Bréfritari: Margrét Daníelsdóttir
Viðtakandi: Daníel Halldórsson
Dagsetning: A-1880-11-05
Skrifað á: Höfn  N-Múl. ?
Margrét var dóttir Daníels

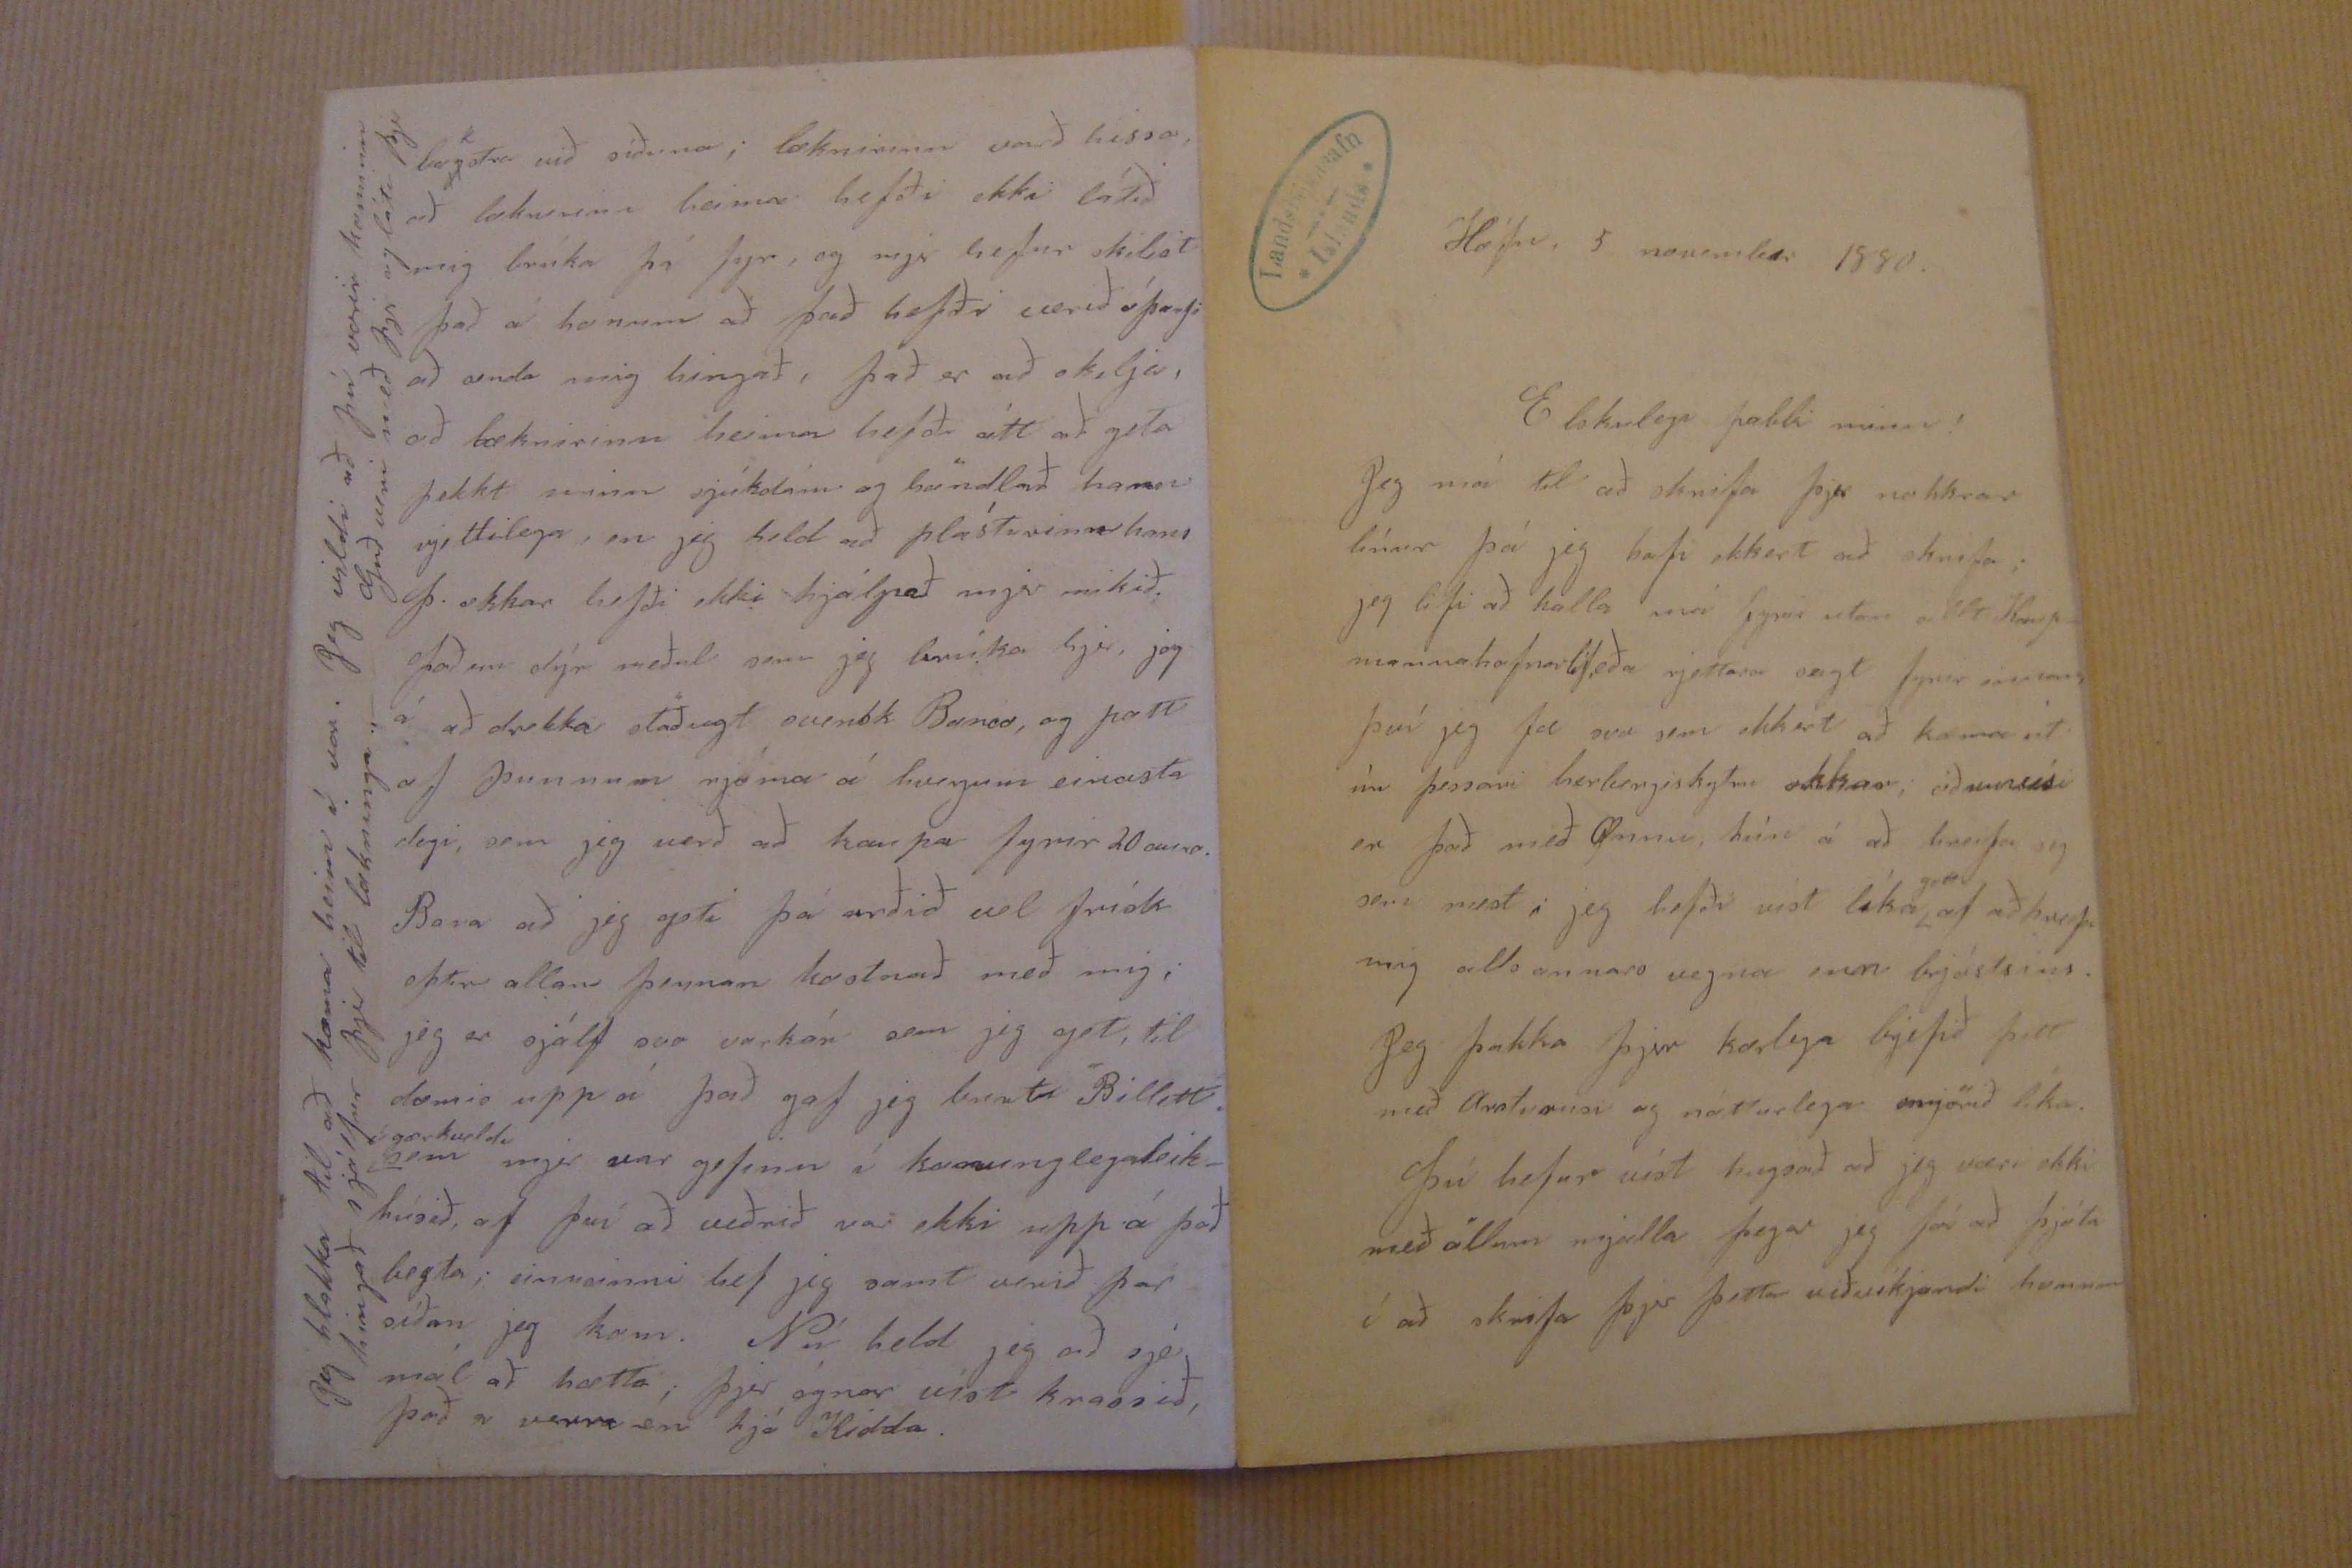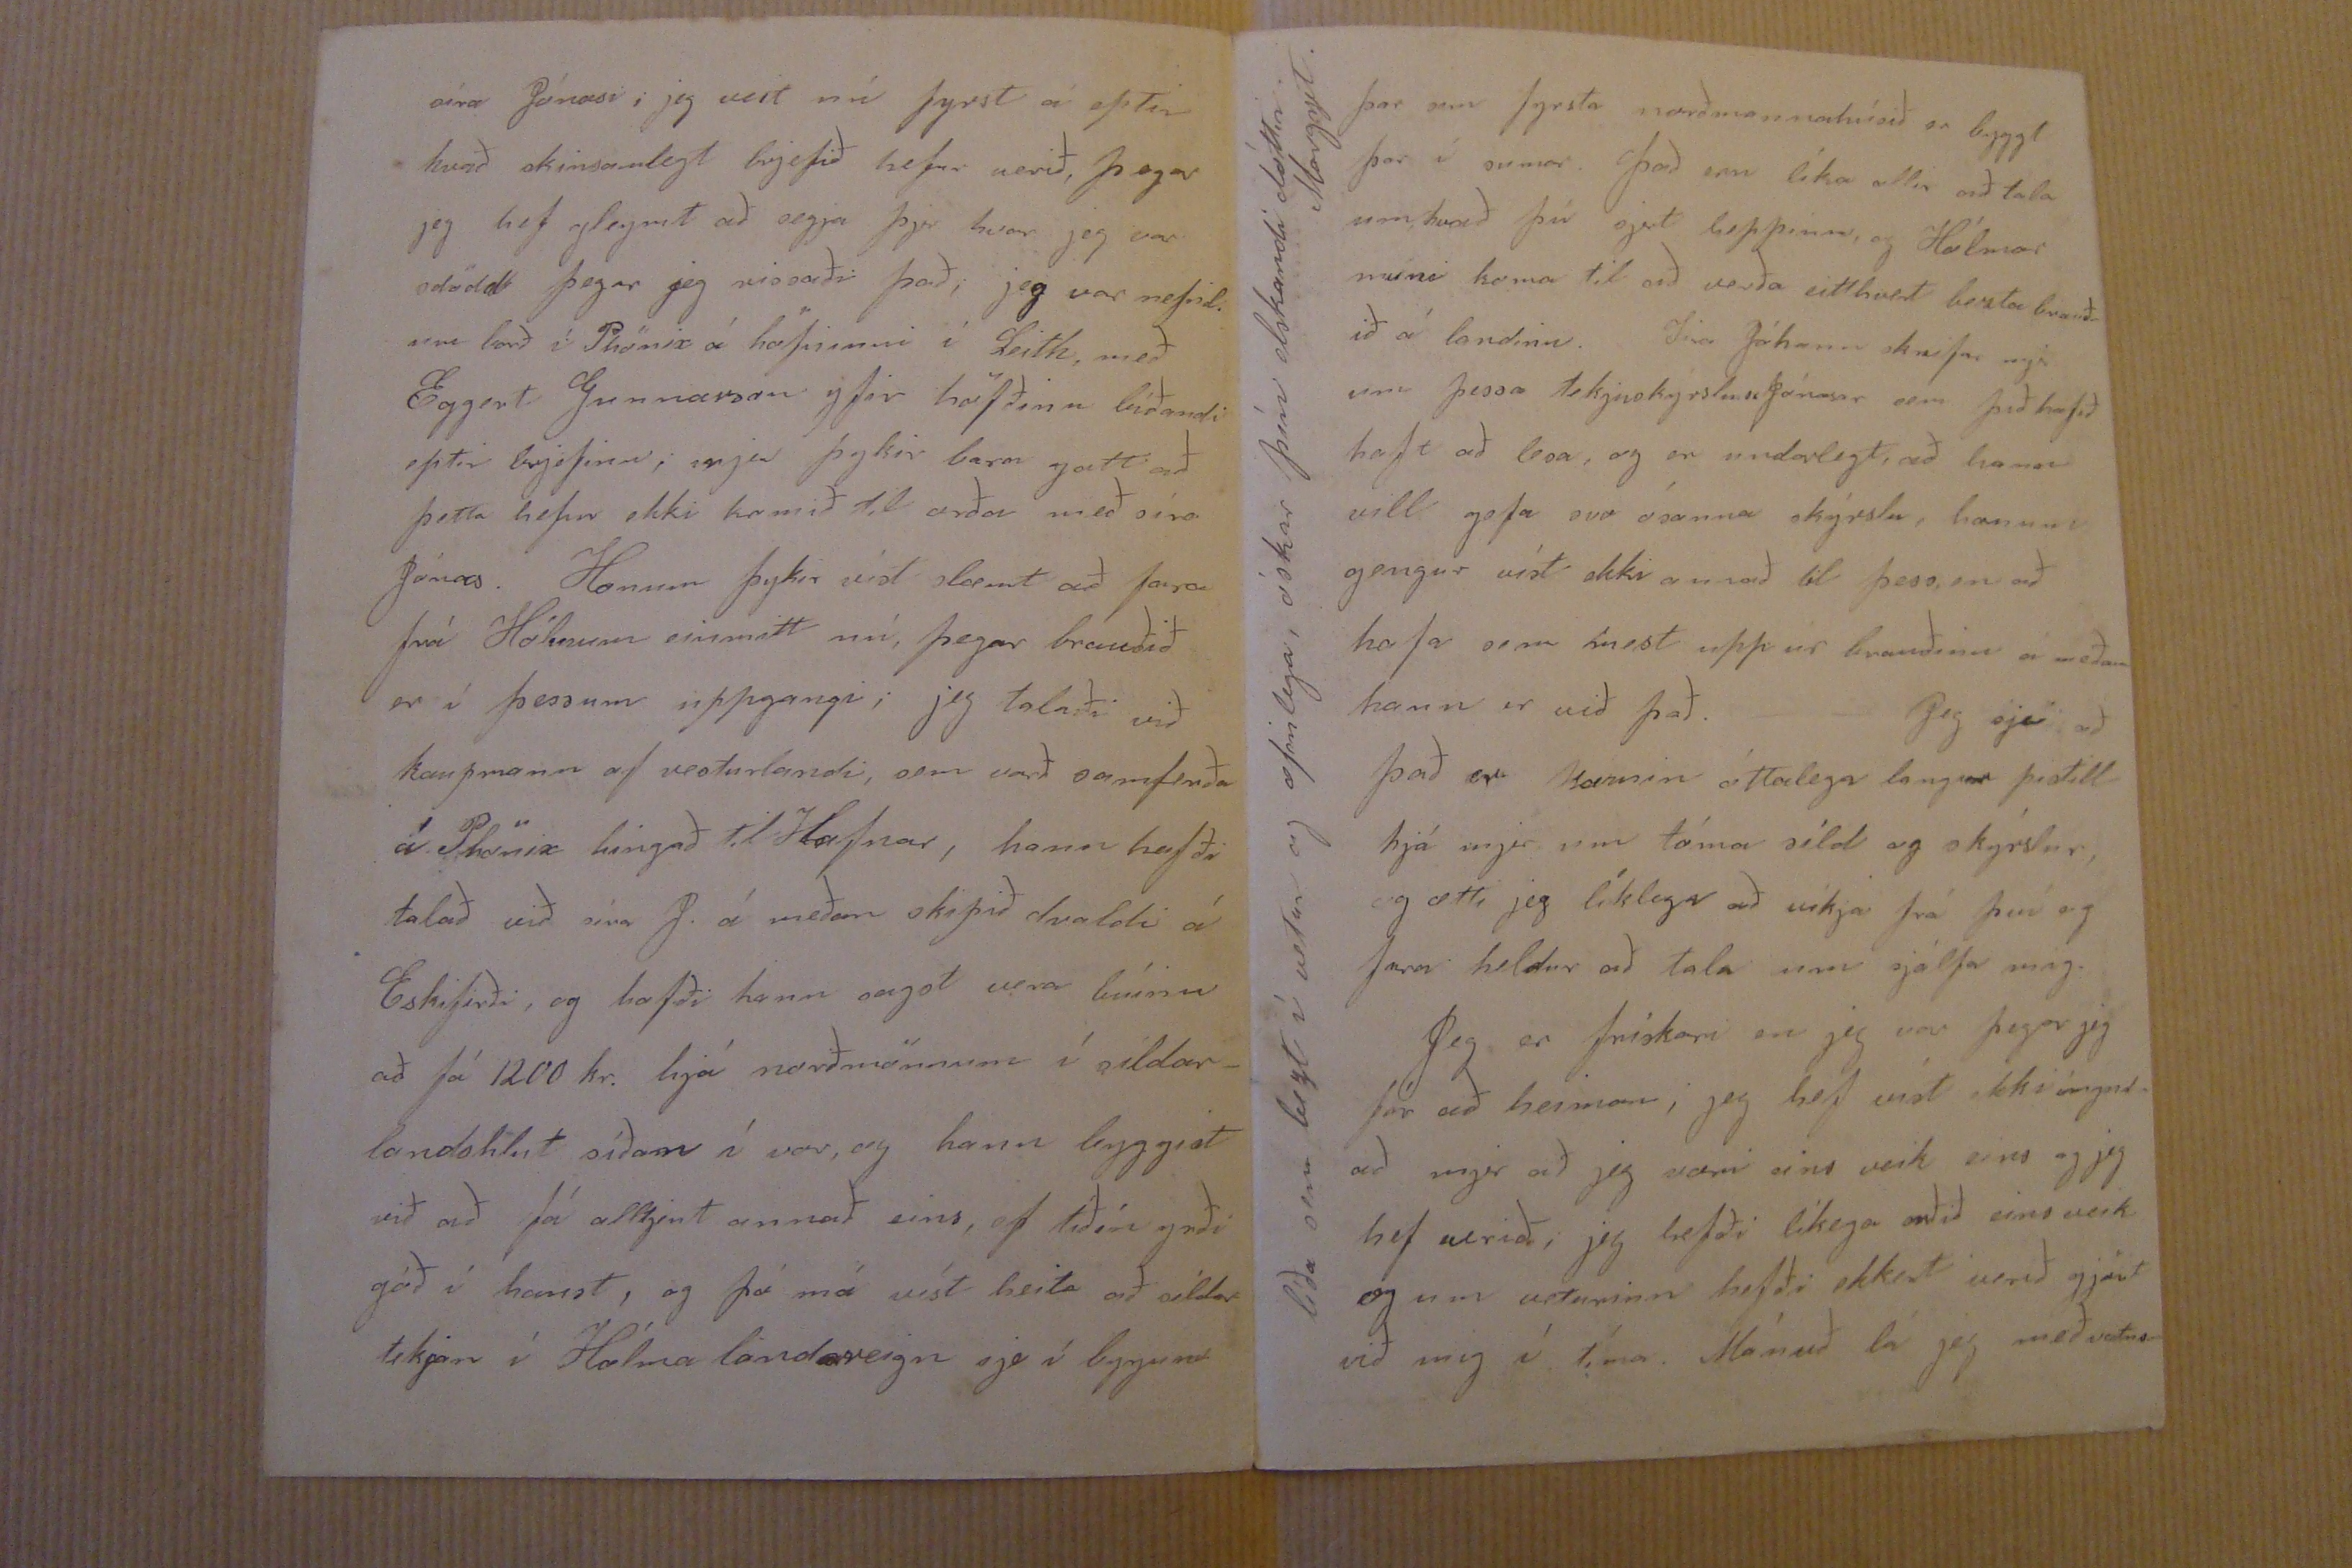

Höfn, 5 november 1880.
Elskulegi pabbi minn!
Jeg má til að skrifa þjer nokkrar línur þá jeg hafi ekkert að skrifa; jeg lifi að halla má fyrir utan allt Kaup_ mannahafnarlíf, eða rjettara sagt fyrir
0000
því jeg fæ svo sem ekkert að koma út úr þessari herbergiskytru okkar; öðruvísi er það með Önnu, hún á að hreifa sig sem mest; jeg hafði víst líka
gott
af að hreifa mig alls annars vegna
enn
brjóstsins. Jeg þakka þjer kærlega brjefið þitt með
Orðrausi
og nátturlega smjörið líka. Þú hefur víst hugsað að jeg væri ekki með öllum mjalla þegar jeg fór að þjóta í að skrifa þjer þetta viðvíkjandi honum
síra Jónasi; jeg veit nú fyrst á eptir hvað skinsamlegt brjefið hefur verið, þegar jeg hef gleymt að segja þjer hvar jeg var stödd þegar jeg rissaði það; jeg var nefnil. um borð í Phönix á höfninni í Leith, með Eggert Gunnarson yfir höfðinu bíðandi eptir brjefinu; mjer þykir bara gott að þetta hefur ekki komið til orða með síra Jónas. Honum þykir víst slæmt að fara frá Hólmum einmitt nú, þegar brauðið er í þessum uppgangi; jeg talaði við kaupmann af vesturlandi, sem varð samferða á Phönix híngað til Hafnar, hann hafði talað við síra J. á meðan skipið dvaldi á Eskifirði, og hafði hann sagst vera búinn að fá 1200 kr. hjá norðmönnum í síldar_ landshlut síðan í vor, og hann byggist við að fá alltjent annað eins, ef tíðin yrði góð í haust, og þá má víst heita að síldar tekjur í Hólma landareign sje í
byrjunn
þar sem fyrsta norðmannahúsið er byggt þar í sumar. Það eru líka allir að tala um hvað þú sjert heppinn, og Hólmar muni koma til að verða eitthvert bezta brauð= ið á landinu. Sira Jóhann skrifar mjer um þessa tekjuskýrslur Jónasar sem þið hafið haft að lesa; og er undarlegt, að hann vill gefa svo ósanna skýrslu, honum gengur víst ekki annað til þess, en að hafa sem mest upp úr brauðinu á meðan hann er við það. _ _ Jeg sje að það er komin óttalega langur pistill hjá mjer um tóma síld og skýrslur, og ætti jeg líklega að víkja frá því og fara heldur að tala um sjálfa mig. Jeg er frískari en jeg var þegar jeg fór að heiman; jeg hef víst ekki ímynd að mjer að jeg væri eins veik eins og jeg hef verið; jeg hefði líkega orðið eins veik og um veturinn hefði ekkert verið gjört við mig í tíma. Mánuð lá jeg með vatns-
líða sem
bezt
í vetur og æfinlega, óskar þín elskandi dóttir Margrjet.
bakstra við síðuna; læknirinn varð hissa að læknirinn heima hefði ekki látið mig brúka þá fyr, og mjer hefur skilist það á honum að það hefði verið óþarfi að senda mig hingað, það er að skilja, að læknirinn heima hefði átt að geta þekkt minn sjúkdóm og höndlað hann rjettilega, en jeg held að plásturinn hans J. okkar hefði ekki hjálpað mjer mikið. Það eru dýr meðul sem jeg brúka hjer, jeg á að drekka stöðugt
0000k Ba00
, og pott af þunnum rjóma á hverjum einasta degi, sem jeg verð að kaupa fyrir 20 aura. Bara að jeg geti þá orðið vel frísk eptir allan þennan kostnað með mig; jeg er sjálf svo varkár sem jeg get, til dæmis upp á það gaf jeg burtu Billett.
í gærkveldi
sem mjer var gefinn í konunglegaleik- húsið, af því að veðrið var ekki upp á það besta; einusinni hef jeg samt verið þar síðan jeg kom. Nú held jeg að sjé mál að hætta; þjer ógnar víst krassið, það er verra en hjá Kidda.
Jeg hlakka til að koma heim í vor. Jeg vildi að þú værir komin hingað sjálfur þjer til lækninga._ Guð veri með þjer og láta þjer